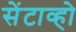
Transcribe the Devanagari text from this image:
सेंटाव्हो